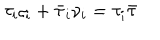
LaTeX: \tau _ { i } \varsigma _ { i } + \bar { \tau } _ { i } \nu _ { i } = \tau _ { i } \bar { \tau }